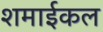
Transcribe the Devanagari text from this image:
शमाईकल